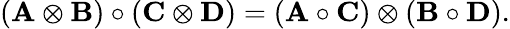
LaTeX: (\mathbf{A}\otimes\mathbf{B})\circ(\mathbf{C}\otimes\mathbf{D})=(\mathbf{A}\circ\mathbf{C})\otimes(\mathbf{B}\circ\mathbf{D}).